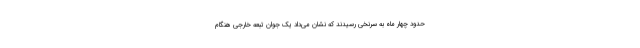
حدود چهار ماه به سرنخی رسیدند که نشان می‌داد یک جوان تبعه خارجی هنگام